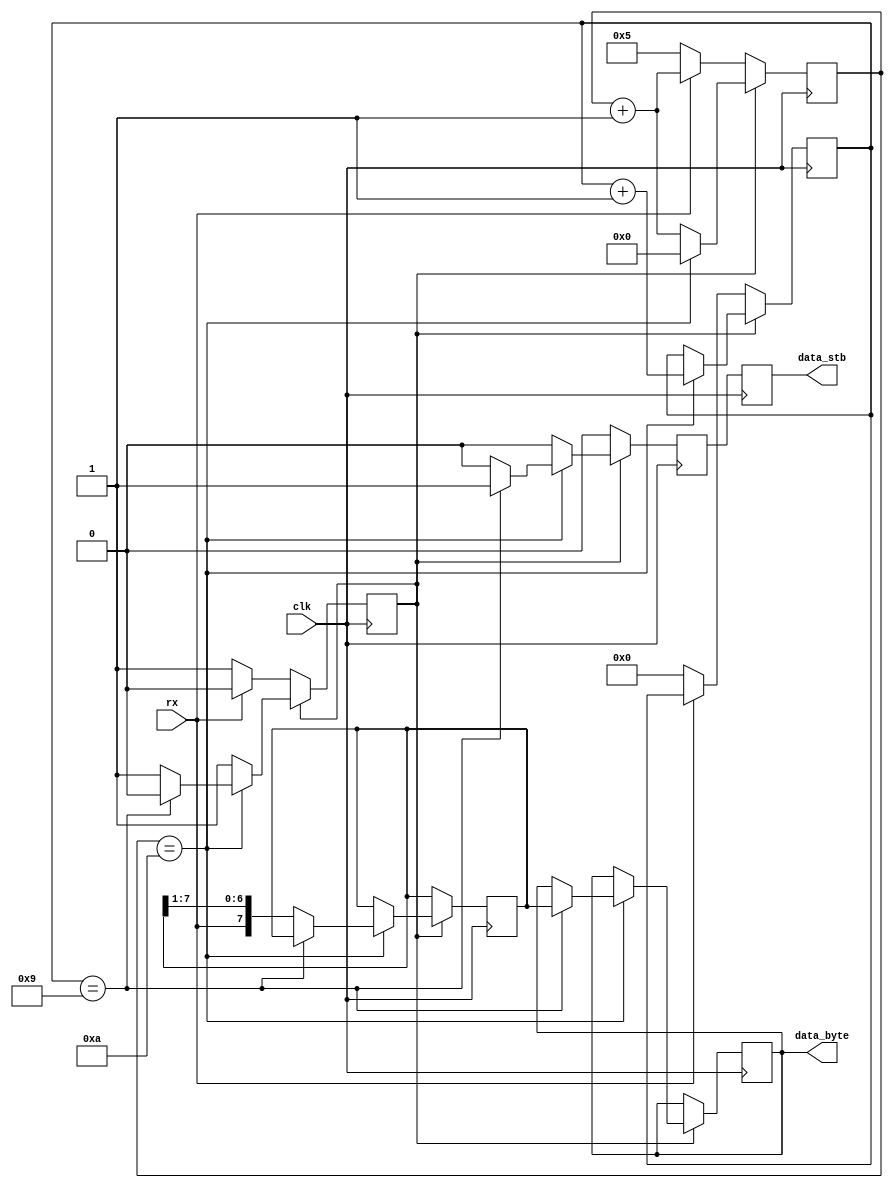
module rs232_recv #(
    parameter integer HALF_PERIOD = 5
) (
    input  clk,
    input  rx,
    output reg [7:0] data_byte,
    output reg data_stb = 1'b0
);
    reg [7:0] buffer;

    reg [$clog2(3*HALF_PERIOD):0] cycle_cnt;
    reg [3:0] bit_cnt = 0;
    reg recv = 0;
    reg data_ready;

    always @(posedge clk) begin
        cycle_cnt <= cycle_cnt + 1;
        data_stb <= data_ready;
        data_ready <= 1'b0;
        if (!recv) begin
            if (!rx) begin
                cycle_cnt <= HALF_PERIOD;
                bit_cnt <= 0;
                recv <= 1;
            end
        end else begin
            if (cycle_cnt == 2*HALF_PERIOD) begin
                cycle_cnt <= 0;
                bit_cnt <= bit_cnt + 1;
                if (bit_cnt == 9) begin
                    data_ready <= 1'b1;
                    data_byte <= buffer;
                    recv <= 0;
                end else begin
                    buffer <= {rx, buffer[7:1]};
                end
            end
        end
    end

endmodule

module rs232_send #(
    parameter integer PERIOD = 10
) (
    input  clk,
    input [7:0] data_byte,
    input en,
    output tx,
    output reg data_stb = 1'b0
);
    reg [$clog2(PERIOD):0] cycle_cnt = 0;
    reg [4:0] bit_cnt = 0;

    reg data_bit;
    reg [7:0] data_buffer;

    always @(posedge clk) begin
        data_stb <= 0;
        cycle_cnt <= cycle_cnt + 1;
        if (cycle_cnt == PERIOD-1) begin
            cycle_cnt <= 0;
            bit_cnt <= bit_cnt + 1;
            if (bit_cnt == 9) begin
                if (en) begin
                    data_stb <= 1;
                end else begin
                    bit_cnt <= 9;
                end
            end
            if (bit_cnt == 10) begin
                data_buffer <= data_byte;
                bit_cnt <= 0;
            end
        end
    end

    always @(posedge clk) begin
        data_bit = 'bx;
        case (bit_cnt)
            0: data_bit <= 0; // start bit
            1: data_bit <= data_buffer[0];
            2: data_bit <= data_buffer[1];
            3: data_bit <= data_buffer[2];
            4: data_bit <= data_buffer[3];
            5: data_bit <= data_buffer[4];
            6: data_bit <= data_buffer[5];
            7: data_bit <= data_buffer[6];
            8: data_bit <= data_buffer[7];
            9: data_bit <= 1;  // stop bit
            10: data_bit <= 1; // stop bit
        endcase
    end

    assign tx = data_bit;
endmodule